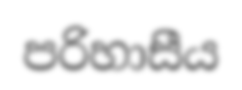
පරිහාසීය